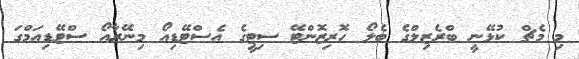
މި މެޗް ކުޅޭނީ ބްރެޒިލްގެ ބެލޯ ހޮރިޒޮންޓޭ ސިޓީގެ އެސްޓޭޑިއޯ މިނޭރާއޯ ސްޓޭޑިއަމްގަ